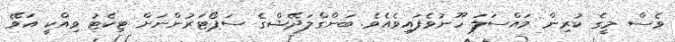
ވެސް މީގެ ކުރިން މައްސަލަ ހޫނުވެފައިވެއެވެ. ބަންގްލަދޭޝްގެ ސަޕޯޓަރުންނަށް ޓިކެޓު ވިއްކީ އަވޭ